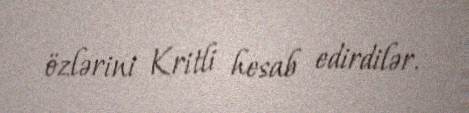
özlərini Kritli hesab edirdilər.